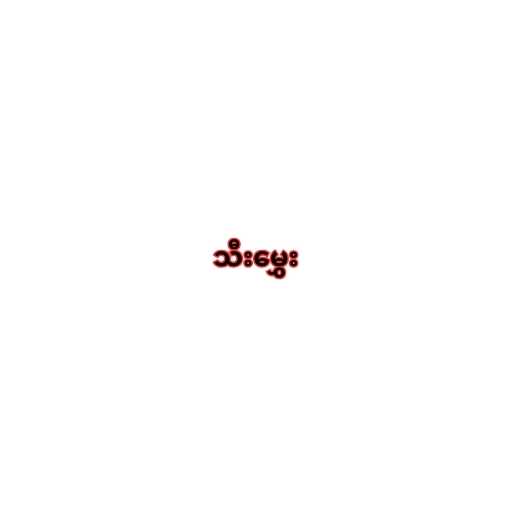
သီးမွှေး